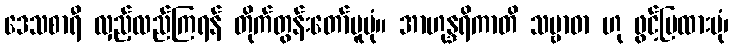
ဒေသစာရီ လှည့်လည်ကြရန် တိုက်တွန်းတော်မူပုံ။ အာဟုန္ဒရိကာတိ သမ္ဗာဓာ ဟု ဖွင့်ပြထားပုံ၊